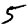
Digit: 5